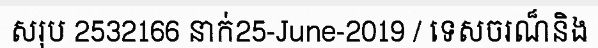
សរុប 2532166 នាក់25-June-2019 / ទេសចរណ៏និង